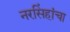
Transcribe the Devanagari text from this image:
नरसिंहांचा